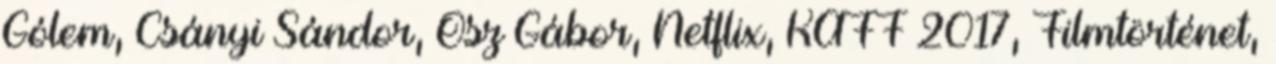
Gólem, Csányi Sándor, Ősz Gábor, Netflix, KAFF 2017, Filmtörténet,